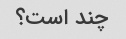
چند است؟